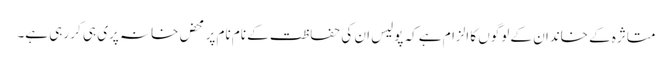
متاثرہ کے خاندان کے لوگوں کا الزام ہے کہ پولیس ان کی حفاظت کے نام نام پر محض خانہ پری ہی کر رہی ہے۔